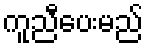
ကူညီပေးမည်